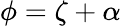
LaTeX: \phi=\zeta+\alpha